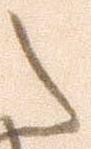
之